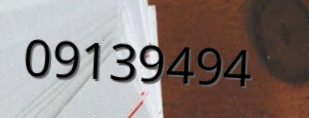
09139494